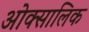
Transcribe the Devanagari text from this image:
ओक्सालिक